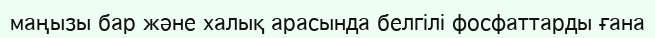
маңызы бар және халық арасында белгілі фосфаттарды ғана